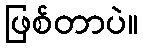
ဖြစ်တာပဲ။